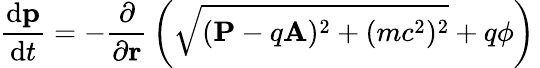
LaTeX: {\frac{\mathrm{d}\mathbf{p}}{\mathrm{d}t}}=-{\frac{\partial}{\partial\mathbf{r}}}\left({\sqrt{(\mathbf{P}-q\mathbf{A})^{2}+(mc^{2})^{2}}}+q\phi\right)\,